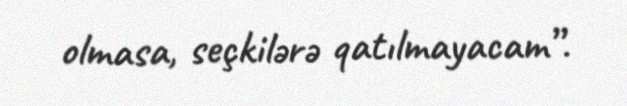
olmasa, seçkilərə qatılmayacam”.